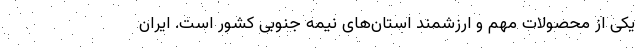
یکی از محصولات مهم و ارزشمند استان‌های نیمه جنوبی کشور است. ایران